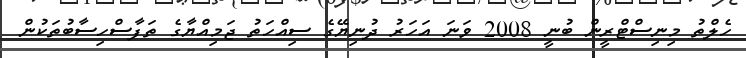
ހެލްތު މިނިސްޓްރީން ބުނީ 2008 ވަނަ އަހަރު ދުނިޔޭގެ ސިއްހަތު ޖަމިއްޔާގެ ތަފާސްހިސާބުތަކުން